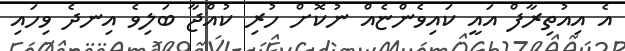
އެ އިއުތިރާފް އައީ ކައިވެންޏެއް ނުކޮށް ހުރި ކުއްޖާ ބަލިވެ އިނދެ ވިހައި